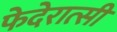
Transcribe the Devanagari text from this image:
फेदेरात्सी